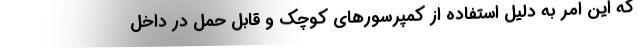
که این امر به دلیل استفاده از کمپرسورهای کوچک و قابل حمل در داخل